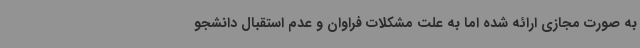
به صورت مجازی ارائه شده اما به علت مشکلات فراوان و عدم استقبال دانشجو